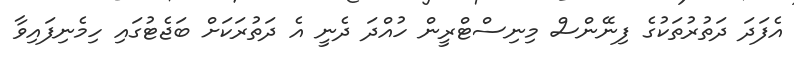
އެފަދަ ދަތުރުތަކުގެ ފިނޭންސް މިނިސްޓްރީން ހުއްދަ ދެނީ އެ ދަތުރަކަށް ބަޖެޓުގައި ހިމެނިފައިވާ